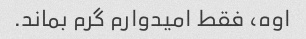
اوه، فقط امیدوارم گرم بماند.